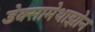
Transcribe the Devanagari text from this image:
डेक्सामेथाझोन